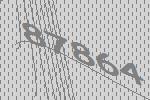
87864